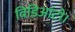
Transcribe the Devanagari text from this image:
विडिआंटो।